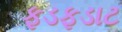
ફડફડાટ